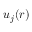
\boldsymbol { u } _ { j } ( \boldsymbol { r } )